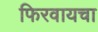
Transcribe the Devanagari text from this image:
फिरवायचा